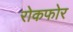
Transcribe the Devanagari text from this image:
रोकफोर